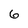
Character: 6